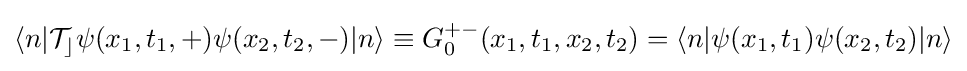
\langle n|{\mathcal {T_{c}}}\psi (x_{1},t_{1},+)\psi (x_{2},t_{2},-)|n\rangle \equiv G_{0}^{+-}(x_{1},t_{1},x_{2},t_{2})=\langle n|\psi (x_{1},t_{1})\psi (x_{2},t_{2})|n\rangle